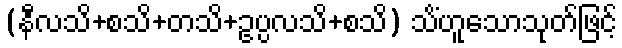
(နီလသိ+စသိ+တသိ+ဥပ္ပလသိ+စသိ) သိံဟူသောသုတ်ဖြင့်